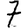
Digit: 7